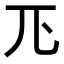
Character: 𭀖